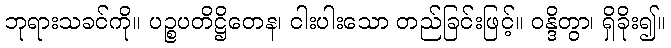
ဘုရားသခင်ကို။ ပဉ္စပတိဋ္ဌိတေန၊ ငါးပါးသော တည်ခြင်းဖြင့်။ ဝန္ဒိတွာ၊ ရှိခိုး၍။